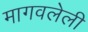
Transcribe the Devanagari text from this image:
मागवलेली